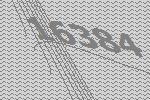
16384